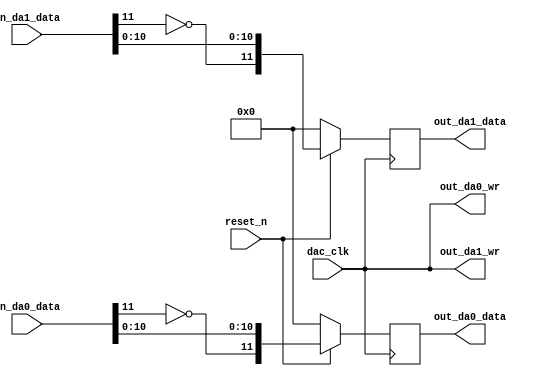
`timescale 1ns / 1ps
//////////////////////////////////////////////////////////////////////////////////
// Company: 
// Engineer: 
// 
// Design Name: 
// Module Name:    DDS_DA 
// Project Name: 
// Target Devices: 
// Tool versions: 
// Description: 
//
// Dependencies: 
//
// Revision: 
// Revision 0.01 - File Created
// Additional Comments: 
//
//////////////////////////////////////////////////////////////////////////////////
module DA_out(
				dac_clk,
				reset_n,
				in_da0_data,
				in_da1_data,
//				out_da0_clk,
//				out_da1_clk,
				out_da0_wr,
				out_da1_wr,
				out_da0_data,
				out_da1_data 
    );

parameter Ndata=12;

input dac_clk;
input reset_n;
input  [11:0] in_da0_data;
input  [11:0] in_da1_data;
//output out_da0_clk,out_da1_clk ,
output out_da0_wr;
output out_da1_wr;
output [Ndata-1:0] out_da0_data;
output [Ndata-1:0] out_da1_data;

//wire out_da0_clk,out_da1_clk ,out_da0_wr,out_da1_wr;
//assign out_da0_clk=clk1;
//assign out_da1_clk=clk1;
assign out_da0_wr =dac_clk;
assign out_da1_wr =dac_clk;

reg [Ndata-1:0] out_da0_data;
reg [Ndata-1:0] out_da1_data;

always @ (posedge dac_clk)//modify
begin
	if(!reset_n)
		begin
			out_da0_data<=12'd0;
			out_da1_data<=12'd0;
		end
	else
		begin
			out_da0_data<={~in_da0_data[11],in_da0_data[10:0]};
			out_da1_data<={~in_da1_data[11],in_da1_data[10:0]};
		end
end
endmodule